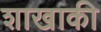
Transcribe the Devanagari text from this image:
शाखाकी